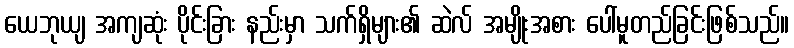
ယေဘုယျ အကျဆုံး ပိုင်းခြား နည်းမှာ သက်ရှိများ၏ ဆဲလ် အမျိုးအစား ပေါ်မူတည်ခြင်းဖြစ်သည်။